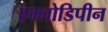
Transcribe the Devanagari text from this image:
एम्लोडिपीन